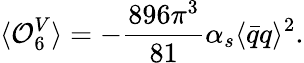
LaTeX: \langle{\cal O}_{6}^{V}\rangle=-\frac{896\pi^{3}}{81}\alpha_{s}\langle\bar{q}q\rangle^{2}.